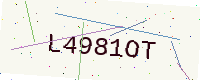
Text: L4981OT